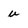
Character: u